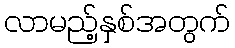
လာမည့်နှစ်အတွက်